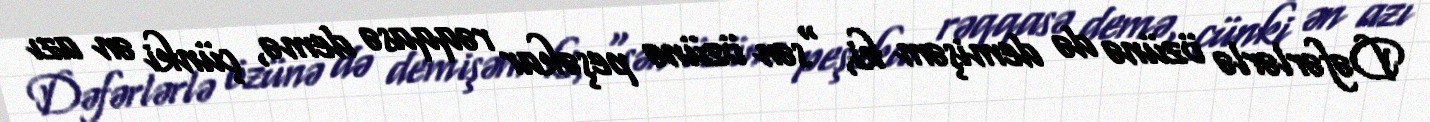
Dəfərlərlə özünə də demişəm ki, “sən özünə peşəkar rəqqasə demə, çünki ən azı